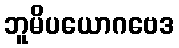
ဘူမိပယောဂဗေဒ